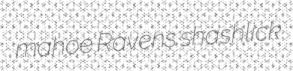
mahoe Ravens shashlick